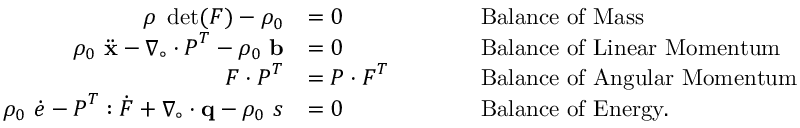
{ \begin{array} { r l r l } { \rho ~ \operatorname* { d e t } ( { \boldsymbol { F } } ) - \rho _ { 0 } } & { = 0 } & & { \qquad { \mathrm { B a l a n c e ~ o f ~ M a s s } } } \\ { \rho _ { 0 } ~ { \ddot { \mathbf { x } } } - { \boldsymbol { \nabla } } _ { \circ } \cdot { \boldsymbol { P } } ^ { T } - \rho _ { 0 } ~ \mathbf { b } } & { = 0 } & & { \qquad { \mathrm { B a l a n c e ~ o f ~ L i n e a r ~ M o m e n t u m } } } \\ { { \boldsymbol { F } } \cdot { \boldsymbol { P } } ^ { T } } & { = { \boldsymbol { P } } \cdot { \boldsymbol { F } } ^ { T } } & & { \qquad { \mathrm { B a l a n c e ~ o f ~ A n g u l a r ~ M o m e n t u m } } } \\ { \rho _ { 0 } ~ { \dot { e } } - { \boldsymbol { P } } ^ { T } : { \dot { \boldsymbol { F } } } + { \boldsymbol { \nabla } } _ { \circ } \cdot \mathbf { q } - \rho _ { 0 } ~ s } & { = 0 } & & { \qquad { \mathrm { B a l a n c e ~ o f ~ E n e r g y . } } } \end{array} }